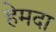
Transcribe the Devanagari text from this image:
हेमदा